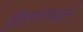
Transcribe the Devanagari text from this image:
लिप्यंतराद्वारे